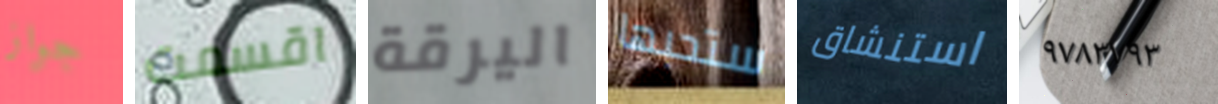
جواز اقسمت اليرقة ستحبها استنشاق ٩٧٨٣٧٩٣